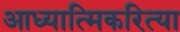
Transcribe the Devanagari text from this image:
आध्यात्मिकरित्या